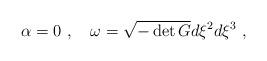
LaTeX: \begin{align*}\alpha = 0~,~~~ \omega = \sqrt{- \det G}d \xi^2 d \xi^3 ~,\end{align*}